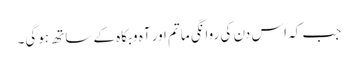
جب کہ اس دن کی روانگی ماتم اور آہ وبکاہ کے ساتھ ہوگی۔